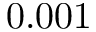
0 . 0 0 1